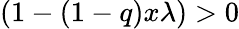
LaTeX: (1-(1-q)x\lambda)>0